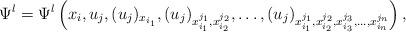
LaTeX: \begin{align*}\Psi^l=\Psi^l\left(x_{i},u_j,(u_j)_{x_{i_1}},(u_j)_{x_{i_1}^{j_1},x_{i_2}^{j_2}},\dots,(u_j)_{x_{i_1}^{j_1},x_{i_2}^{j_2},x_{i_3}^{j_3},\dots,x_{i_n}^{j_n}}\right),\end{align*}